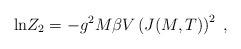
LaTeX: \begin{align*}{\rm ln}Z_2 = - g^2M\beta V\left(J(M,T)\right)^2\;,\end{align*}